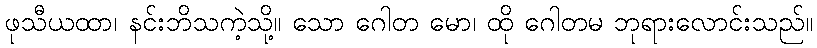
ဖုသီယထာ၊ နင်းဘိသကဲ့သို့။ သော ဂေါတ မော၊ ထို ဂေါတမ ဘုရားလောင်းသည်။